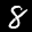
Digit: 8